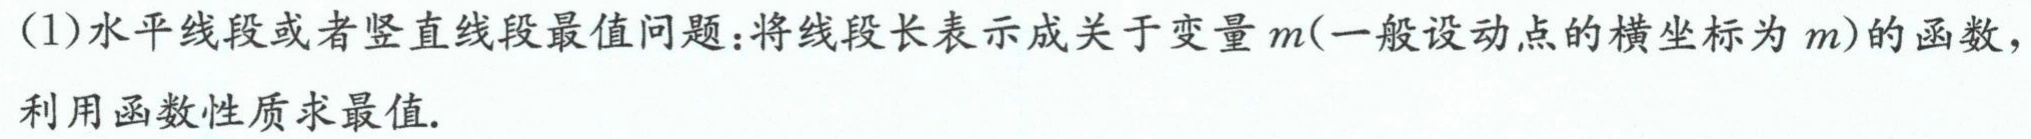
(1)水平线段或者竖直线段最值问题：将线段长表示成关于变量\(m\)(一般设动点的横坐标为\(m\))的函数，利用函数性质求最值.